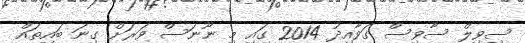
ސިވިލް ސާވިސް ގަވާއިދު 2014 ގައި މި ނޫނަސް ވަރަށް ގިނަ ބައިތައް